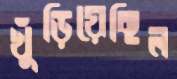
খুঁড়িয়েছিল